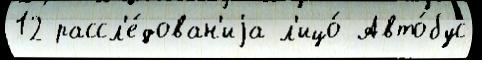
12 рассл'е́дован'иjа л'ицо́ Авто́бус